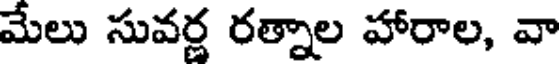
మేలు సువర్ణ రత్నాల హారాల, వా